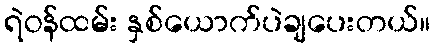
ရဲဝန်ထမ်း နှစ်ယောက်ပဲချပေးတယ်။